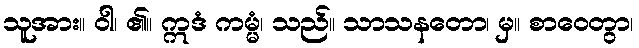
သူအား။ ဝါ၊ ၏။ ဣဒံ ကမ္မံ၊ သည်။ သာသနတော၊ မှ။ စာဝေတွာ၊